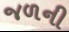
જળની